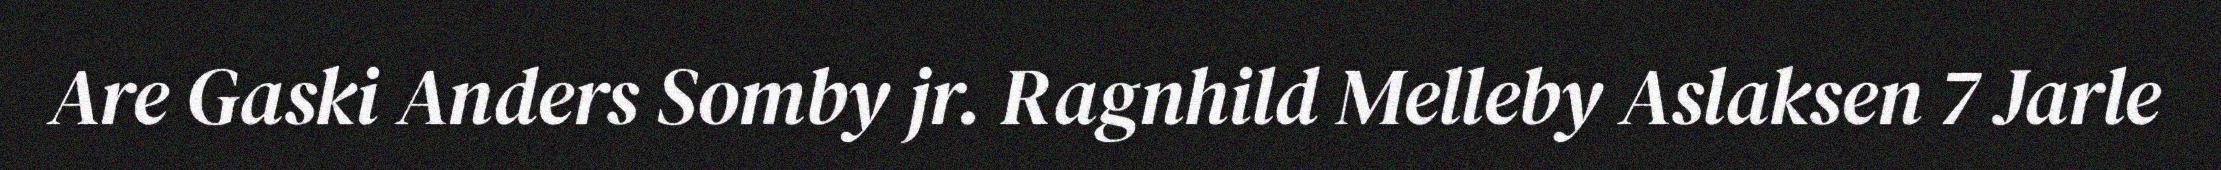
Are Gaski Anders Somby jr. Ragnhild Melleby Aslaksen 7 Jarle